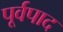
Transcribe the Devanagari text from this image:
पूर्वपाद